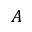
A